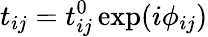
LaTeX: t_{ij}=t_{ij}^{0}\exp(i\phi_{ij})